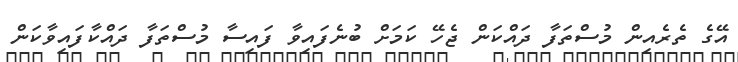
އޭގެ ތެރެއިން މުސްތަފާ ދައްކަން ޖެހޭ ކަމަށް ބުނެފައިވާ ފައިސާ މުސްތަފާ ދައްކާފައިވާކަން